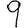
Digit: 9